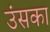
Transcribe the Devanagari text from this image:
उंसका